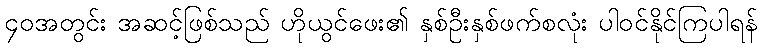
၄၀အတွင်း အဆင့်ဖြစ်သည် ဟိုယွင်ဖေး၏ နှစ်ဦးနှစ်ဖက်စလုံး ပါဝင်နိုင်ကြပါရန်